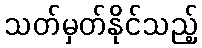
သတ်မှတ်နိုင်သည့်